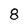
Character: 8